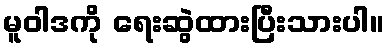
မူဝါဒကို ရေးဆွဲထားပြီးသားပါ။